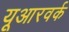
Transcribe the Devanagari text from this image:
यूआरवर्क